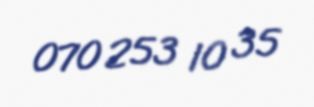
070 253 10 35